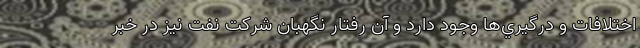
اختلافات و درگيري‌ها وجود دارد و آن رفتار نگهبان شركت نفت نيز در خبر